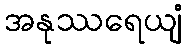
အနုဿရေယျံ